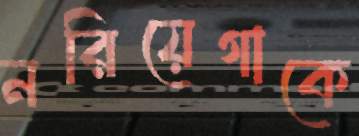
নরিয়েগাকে